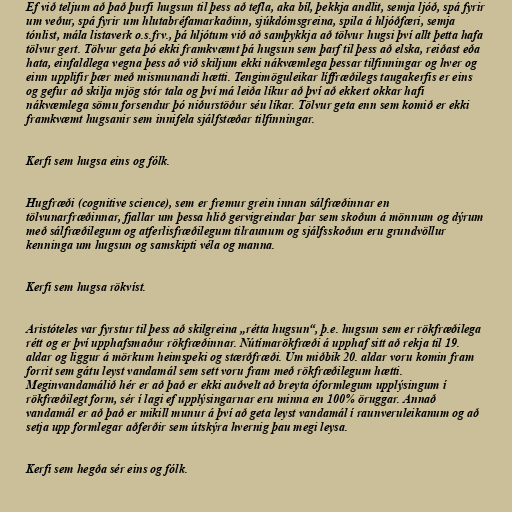
Ef við teljum að það þurfi hugsun til þess að tefla, aka bíl, þekkja andlit, semja ljóð, spá fyrir
um veður, spá fyrir um hlutabréfamarkaðinn, sjúkdómsgreina, spila á hljóðfæri, semja
tónlist, mála listaverk o.s.frv., þá hljótum við að samþykkja að tölvur hugsi því allt þetta hafa
tölvur gert. Tölvur geta þó ekki framkvæmt þá hugsun sem þarf til þess að elska, reiðast eða
hata, einfaldlega vegna þess að við skiljum ekki nákvæmlega þessar tilfinningar og hver og
einn upplifir þær með mismunandi hætti. Tengimöguleikar líffræðilegs taugakerfis er eins
og gefur að skilja mjög stór tala og því má leiða líkur að því að ekkert okkar hafi
nákvæmlega sömu forsendur þó niðurstöður séu líkar. Tölvur geta enn sem komið er ekki
framkvæmt hugsanir sem innifela sjálfstæðar tilfinningar.

Kerfi sem hugsa eins og fólk.

Hugfræði (cognitive science), sem er fremur grein innan sálfræðinnar en
tölvunarfræðinnar, fjallar um þessa hlið gervigreindar þar sem skoðun á mönnum og dýrum
með sálfræðilegum og atferlisfræðilegum tilraunum og sjálfsskoðun eru grundvöllur
kenninga um hugsun og samskipti véla og manna.

Kerfi sem hugsa rökvíst.

Aristóteles var fyrstur til þess að skilgreina „rétta hugsun“, þ.e. hugsun sem er rökfræðilega
rétt og er því upphafsmaður rökfræðinnar. Nútímarökfræði á upphaf sitt að rekja til 19.
aldar og liggur á mörkum heimspeki og stærðfræði. Um miðbik 20. aldar voru komin fram
forrit sem gátu leyst vandamál sem sett voru fram með rökfræðilegum hætti.
Meginvandamálið hér er að það er ekki auðvelt að breyta óformlegum upplýsingum í
rökfræðilegt form, sér í lagi ef upplýsingarnar eru minna en 100% öruggar. Annað
vandamál er að það er mikill munur á því að geta leyst vandamál í raunveruleikanum og að
setja upp formlegar aðferðir sem útskýra hvernig þau megi leysa.

Kerfi sem hegða sér eins og fólk.